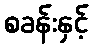
စခန်းနှင့်